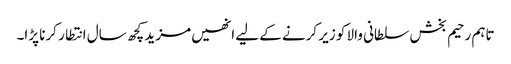
تاہم رحیم بخش سلطانی والا کو زیر کرنے کے لیے انھیں مزید کچھ سال انتطار کرنا پڑا۔